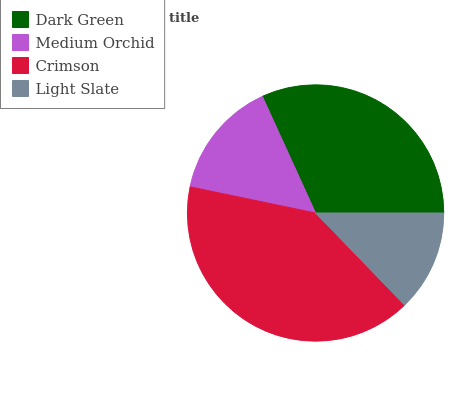
| Dark Green | Medium Orchid | Crimson | Light Slate |
 | --- | --- | --- | --- |
 | 31.8% | 14.9% | 40.4% | 12.8% |